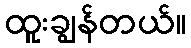
ထူးချွန်တယ်။